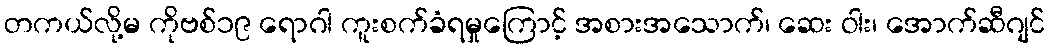
တကယ်လို့မ ကိုဗစ်၁၉ ရောဂါ ကူးစက်ခံရမှုကြောင့် အစားအသောက်၊ ဆေး ဝါး၊ အောက်ဆီဂျင်